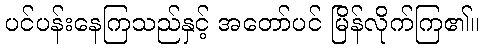
ပင်ပန်းနေကြသည်နှင့် အတော်ပင် မြိန်လိုက်ကြ၏။